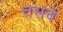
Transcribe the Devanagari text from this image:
तसचे